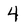
Character: 4